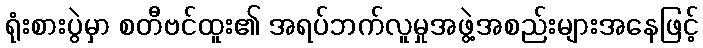
ရုံးစားပွဲမှာ စတီဗင်ထူး၏ အရပ်ဘက်လူမှုအဖွဲ့အစည်းများအနေဖြင့်